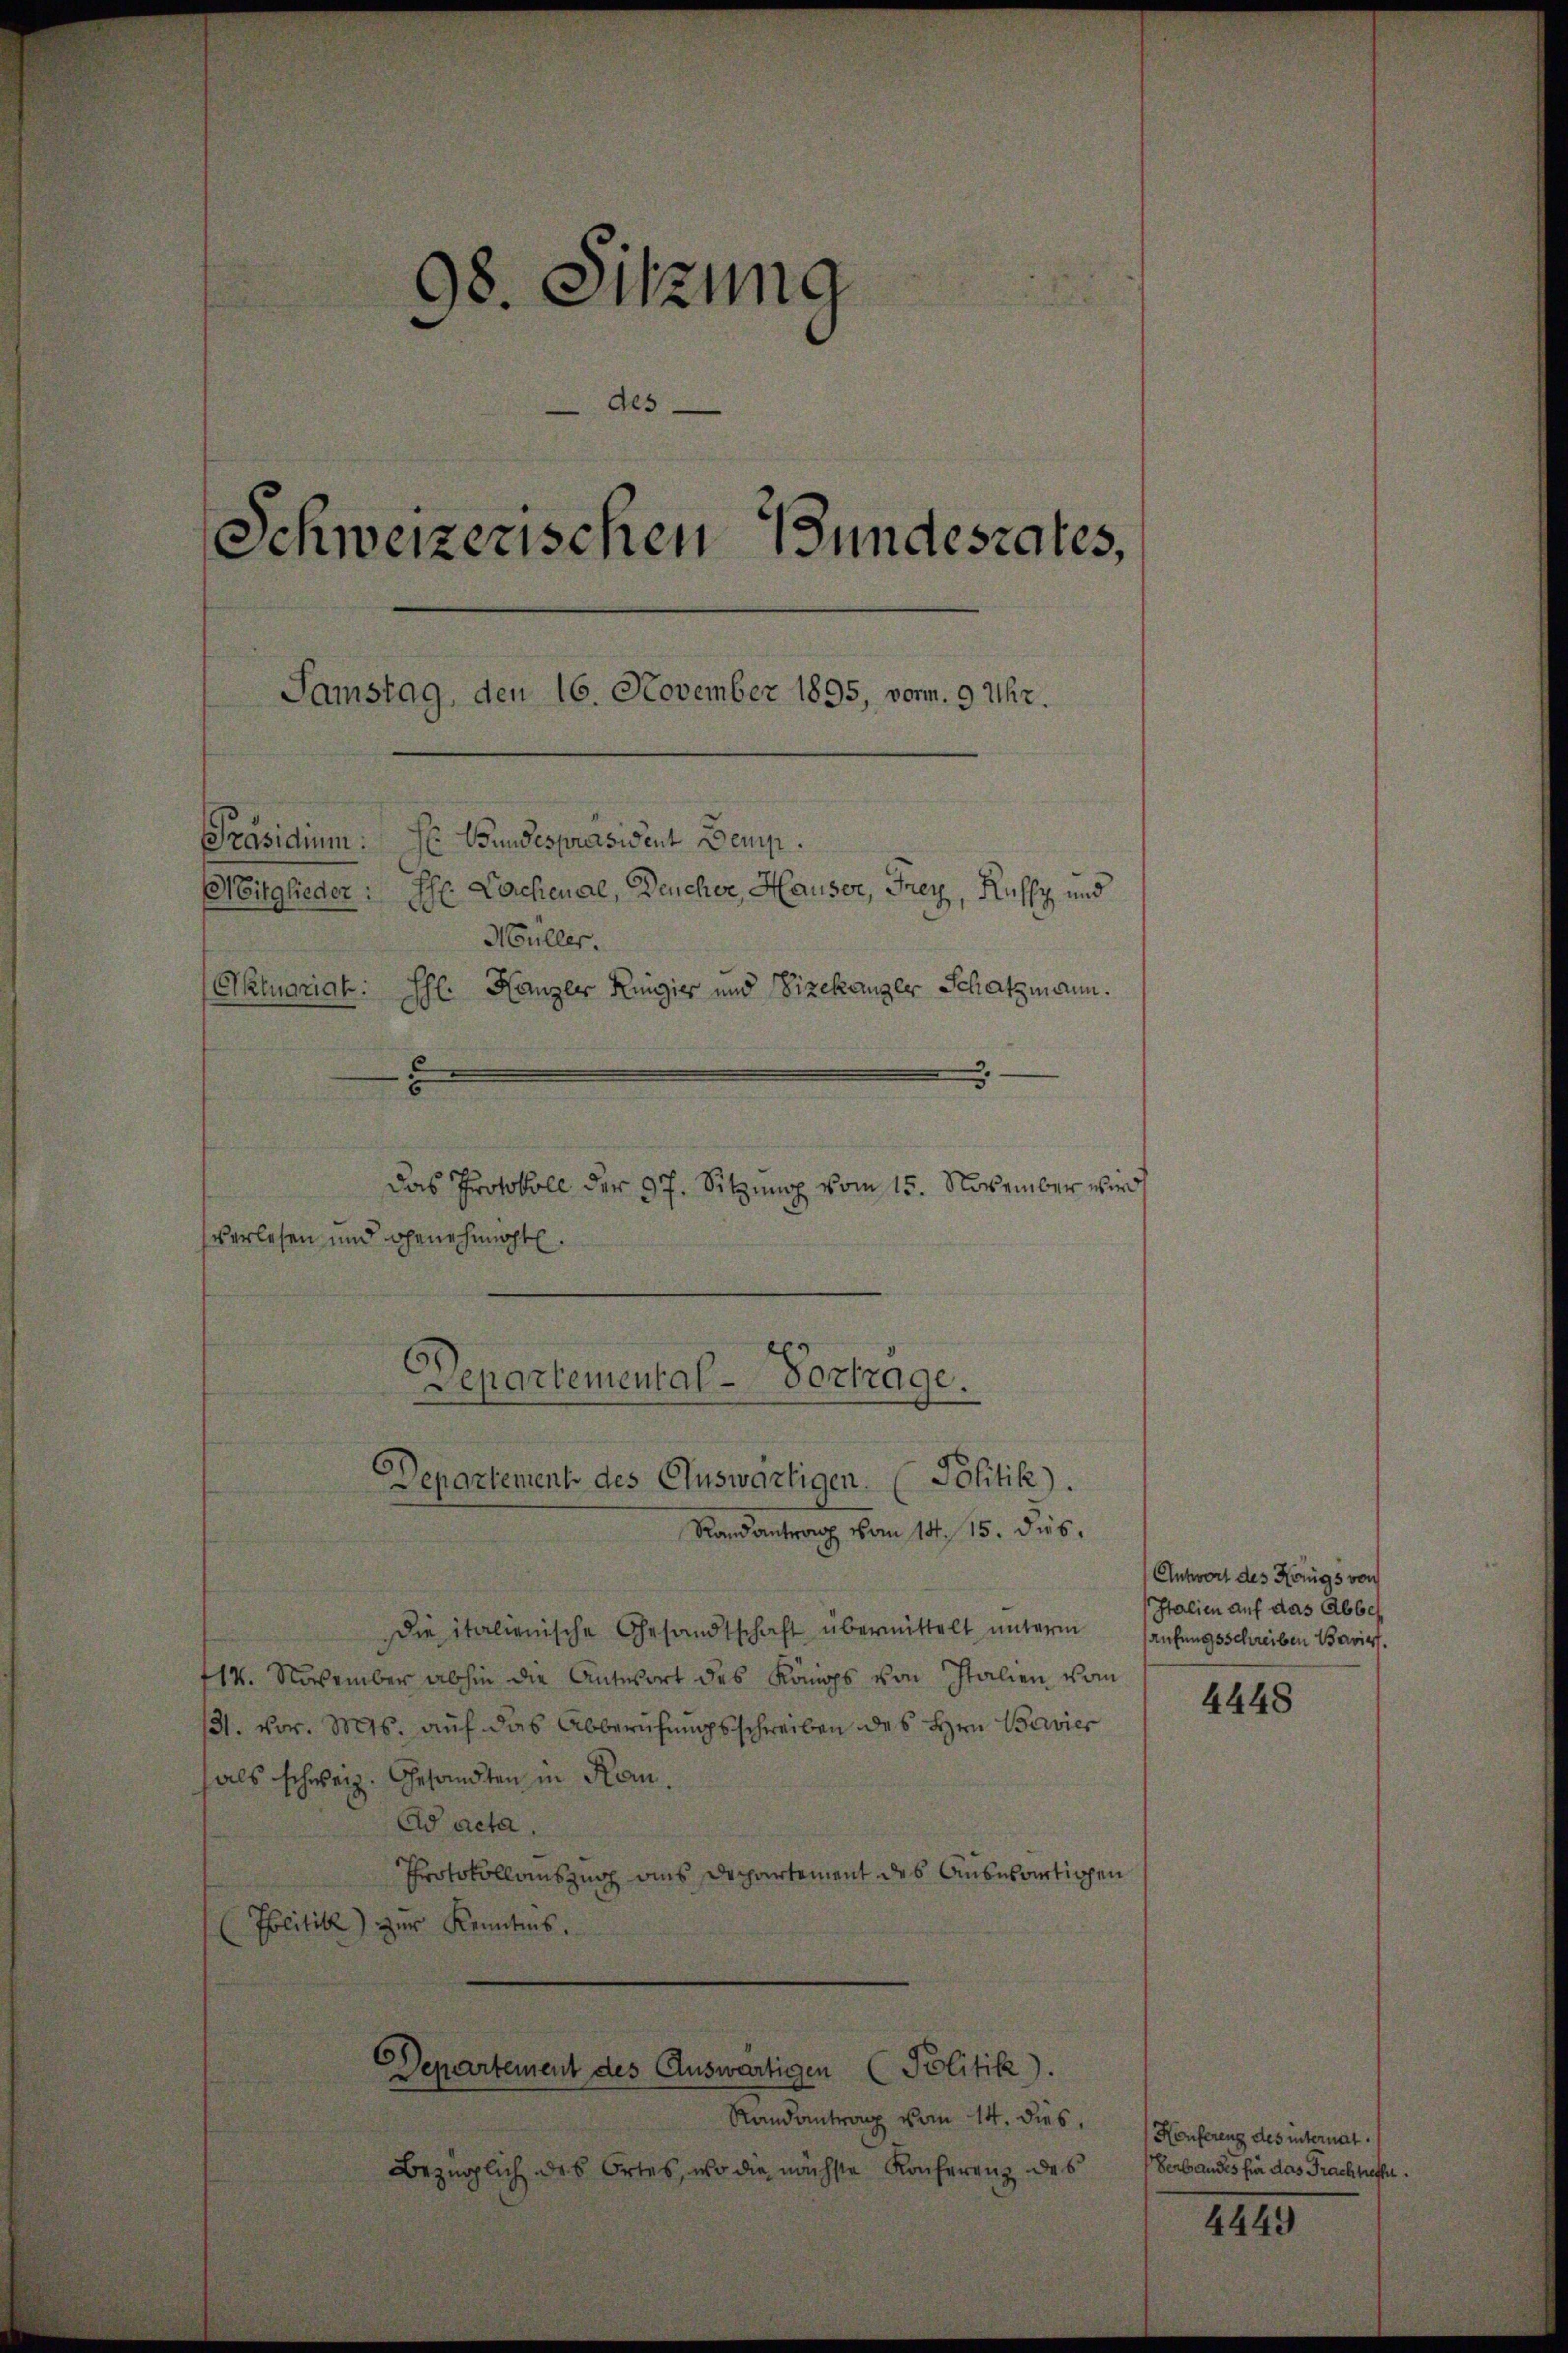
98. Sitzung
des
Schweizerischen Bundesrates,
Samstag, den 16. November 1895, vorm. 9 Uhr.
Präsidium. Se Bundespräsident Demp.
H: Lachenal, Deucher, Hauser, Frey, Rusz und
Mitglieder:
Müller.
Aktuariat
HHl. Kanzler Ringier und Vizekanzer Schatzmann.

Das Protokoll der 97. Sitzung vom 15. November wird
verlesen und Genehmachte.
Departemental - Vortrage.

Departement des Auswärtigen. Politik.

Randantrag vom 14. 15. dus.
die italienische Gesandtschaft übermittelt ŭnterm aufungsschreiben Bavis
14. November abhin die Antwort des Königs von Italien vom
131. vor. Mts. auf das Abberufungsschreiben des Hrn. Bavier
hals schweiz. Gesandten in Kan¬
Ad acta.
Protokollauszug aus Departement des Auswärtigen
(Politik) zur Kenntnis.
Departement des Auswärtigen (Politik).

Randantrag vom 14. dies,
Bezüglich des Ortes, wo die nächste Konferenz des

Antwort des Königs von
Italien auf das Abbes

4448

Konferenz des internat.
Verbandes für das Frachtete.
4449